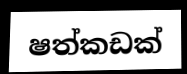
ෂත්කඩක්